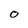
Character: 0